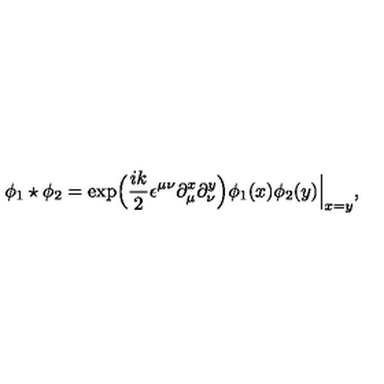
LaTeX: \phi _ { 1 } \star \phi _ { 2 } = \exp \Bigl ( \frac { i k } { 2 } \epsilon ^ { \mu \nu } \partial _ { \mu } ^ { x } \partial _ { \nu } ^ { y } \Bigr ) \phi _ { 1 } ( x ) \phi _ { 2 } ( y ) \Big \vert _ { x = y } ,